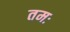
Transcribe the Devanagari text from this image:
तमः